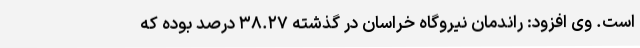
است. وی افزود: راندمان نیروگاه‌ خراسان در گذشته ۳۸.۲۷ درصد بوده که